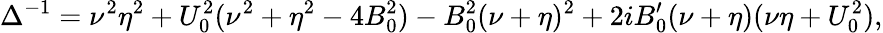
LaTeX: \Delta^{-1}=\nu^{2}\eta^{2}+U_{0}^{2}(\nu^{2}+\eta^{2}-4B_{0}^{2})-B_{0}^{2}(\nu+\eta)^{2}+2iB_{0}^{\prime}(\nu+\eta)(\nu\eta+U_{0}^{2}),